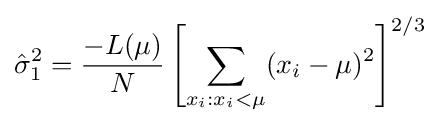
{\hat {\sigma }}_{1}^{2}={\frac {-L(\mu )}{N}}\left[\sum _{x_{i}:x_{i}<\mu }(x_{i}-\mu )^{2}\right]^{2/3}